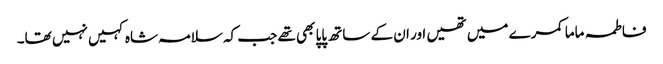
فاطمہ ماما کمرے میں تھیں اور ان کے ساتھ پاپا بھی تھے جب کہ سلامہ شاہ کہیں نہیں تھا۔